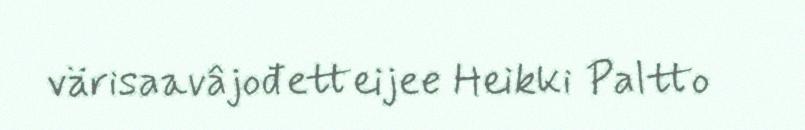
värisaavâjođetteijee Heikki Paltto